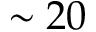
\sim 2 0